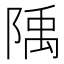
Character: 𨺲